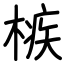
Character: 槉